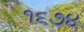
૧૬૭૪